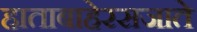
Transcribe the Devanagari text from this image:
हाताबाहेरसजाते